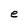
Character: e